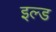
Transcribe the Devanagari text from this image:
इल्ड